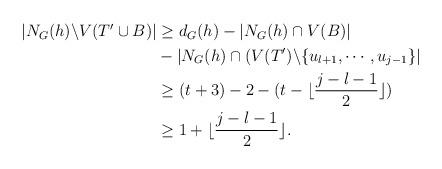
LaTeX: \begin{align*}\begin{aligned}|N_{G}(h)\backslash V(T'\cup B)|&\geq d_{G}(h)-|N_{G}(h)\cap V(B)|\\&-|N_{G}(h)\cap(V(T')\backslash\{u_{l+1},\cdots,u_{j-1}\}|\\&\geq (t+3)-2-(t-\lfloor\frac{j-l-1}{2}\rfloor)\\&\geq1+\lfloor\frac{j-l-1}{2}\rfloor.\end{aligned}\end{align*}